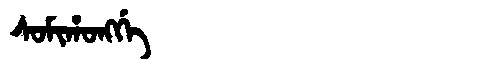
Manchu: ᠰᠣᠮᡳᡥᠣᠩᡤᡝ
Romanization: SOMIHONGGE